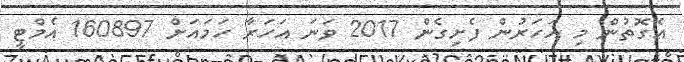
އެގޮތުން މި އަހަރުން ފެށިގެން 2017 ވަނަ އަހަރާ ހަމައަށް 160897 އެމްޓީ